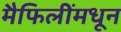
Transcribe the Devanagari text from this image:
मैफिलींमधून